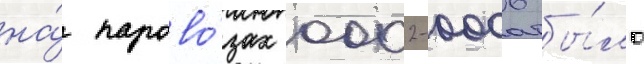
на́ парово́зах 0002-0006 бы́ло